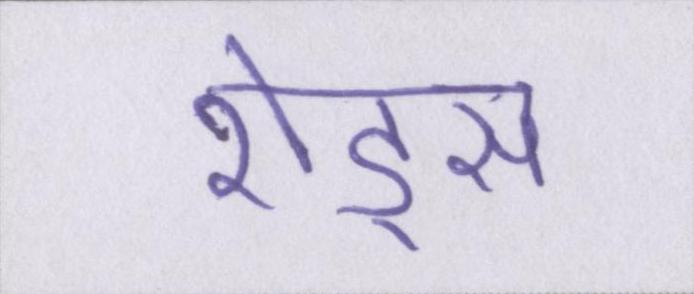
शेड्स